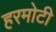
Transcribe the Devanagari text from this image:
हरमोटी